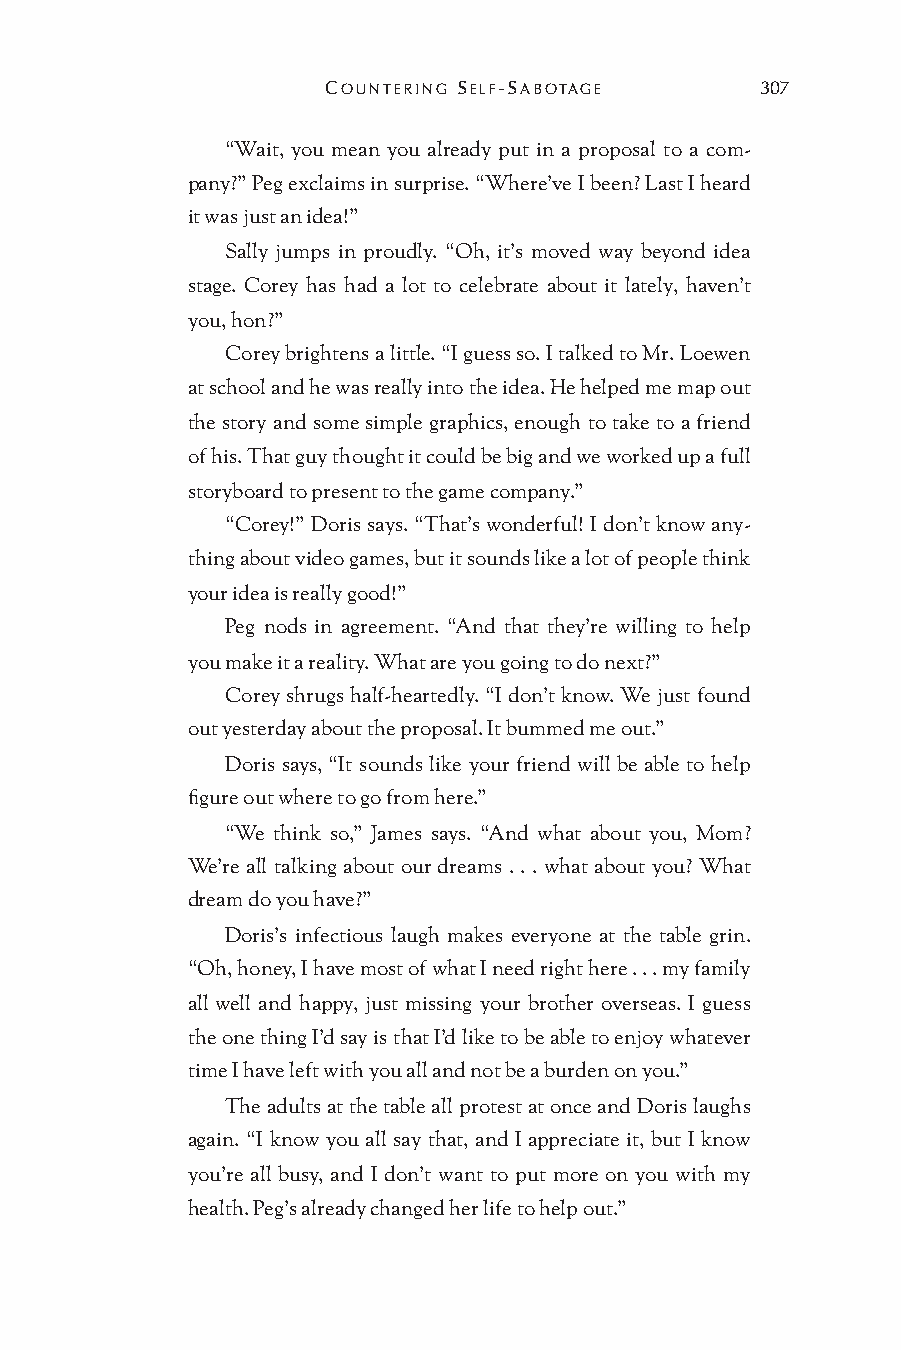
COUNTERING SELF-SABOTAGE    307
 “Wait, you mean you already put in a proposal to a com-
 pany?” Peg exclaims in surprise. “Where’ve I been? Last I heard
 it was just an idea!”
 Sally jumps in proudly. “Oh, it’s moved way beyond idea
 stage. Corey has had a lot to celebrate about it lately, haven’t
 you, hon?”
 Corey brightens a little. “I guess so. I talked to Mr. Loewen
 at school and he was really into the idea. He helped me map out
 the story and some simple graphics, enough to take to a friend
 of his. That guy thought it could be big and we worked up a full
 storyboard to present to the game company.”
 “Corey!” Doris says. “That’s wonderful! I don’t know any-
 thing about video games, but it sounds like a lot of people think
 your idea is really good!”
 Peg nods in agreement. “And that they’re willing to help
 you make it a reality. What are you going to do next?”
 Corey shrugs half-heartedly. “I don’t know. We just found
 out yesterday about the proposal. It bummed me out.”
 Doris says, “It sounds like your friend will be able to help
 figure out where to go from here.”
 “We think so,” James says. “And what about you, Mom?
 We’re all talking about our dreams . . . what about you? What
 dream do you have?”
 Doris’s infectious laugh makes everyone at the table grin.
 “Oh, honey, I have most of what I need right here . . . my family
 all well and happy, just missing your brother overseas. I guess
 the one thing I’d say is that I’d like to be able to enjoy whatever
 time I have left with you all and not be a burden on you.”
 The adults at the table all protest at once and Doris laughs
 again. “I know you all say that, and I appreciate it, but I know
 you’re all busy, and I don’t want to put more on you with my
 health. Peg’s already changed her life to help out.”